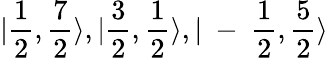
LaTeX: |\frac{1}{2},\frac{7}{2}\rangle,|\frac{3}{2},\frac{1}{2}\rangle,|\mathrm{~-~}\frac{1}{2},\frac{5}{2}\rangle